Leaving Certificate Examination (including Day School Certificate (Higher) General paper), 1938
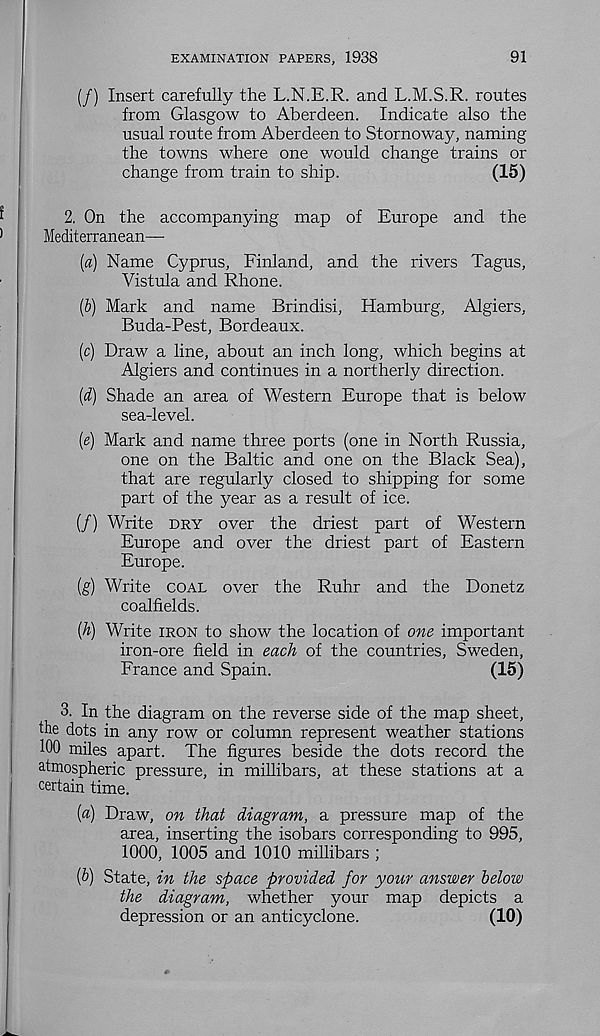
EXAMINATION PAPERS, 1938
91
(/) Insert carefully the L.N.E.R. and L.M.S.R. routes
from Glasgow to Aberdeen. Indicate also the
usual route from Aberdeen to Stornoway, naming
the towns where one would change trains or
change from train to ship.
(15)
2. On the accompanying map of Europe and the
Mediterranean—
(a) Name Cyprus, Finland, and the rivers Tagus,
Vistula and Rhone.
(b) Mark and name Brindisi, Hamburg, Algiers,
Buda-Pest, Bordeaux.
(c) Draw a line, about an inch long, which begins at
Algiers and continues in a northerly direction.
(d) Shade an area of Western Europe that is below
sea-level.
(e) Mark and name three ports (one in North Russia,
one on the Baltic and one on the Black Sea),
that are regularly closed to shipping for some
part of the year as a result of ice.
(/) Write dry over the driest part of Western
Europe and over the driest part of Eastern
Europe.
(g) Write coal over the Ruhr and the Donetz
coalfields.
(h) Write iron to show the location of one important
iron-ore field in each of the countries, Sweden,
France and Spain.
(15)
3. In the diagram on the reverse side of the map sheet,
the dots in any row or column represent weather stations
iw miles apart. The figures beside the dots record the
atmospheric pressure, in millibars, at these stations at a
certain time.
(a) Draw, on that diagram, a pressure map of the
area, inserting the isobars corresponding to 995,
1000, 1005 and 1010 millibars ;
[b) State, in the space provided for your answer below
the diagram, whether your map depicts a
depression or an anticyclone.
(10)